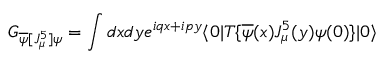
G _ { \overline { { { \psi } } } [ J _ { \mu } ^ { 5 } ] \psi } = \int d x d y e ^ { i q x + i p y } \langle 0 | T \{ \overline { { { \psi } } } ( x ) J _ { \mu } ^ { 5 } ( y ) \psi ( 0 ) \} | 0 \rangle